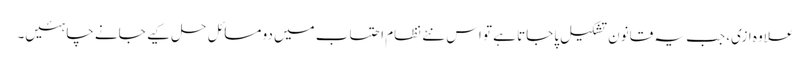
علاوہ ازی، جب یہ قانون تشکیل پاجاتا ہے تو اس نئے نظامِ احتساب میں دو مسائل حل کیے جانے چاہئیں۔